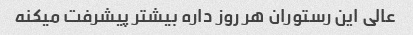
عالی این رستوران هر روز داره بیشتر پیشرفت میکنه